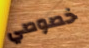
خصوصي